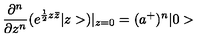
\frac { \partial ^ { n } } { \partial z ^ { n } } ( e ^ { \frac { 1 } { 2 } z \bar { z } } | z > ) | _ { z = 0 } = ( a ^ { + } ) ^ { n } | 0 >